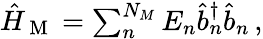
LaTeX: \begin{array}{r}{\hat{H}_{\mathrm{~M~}}=\sum_{n}^{N_{M}}E_{n}\hat{b}_{n}^{\dagger}\hat{b}_{n}\, ,}\end{array}